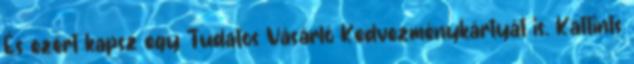
És ezért kapsz egy Tudatos Vásárló Kedvezménykártyát is. Kattints